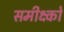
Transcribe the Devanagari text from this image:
समीक्ष्को